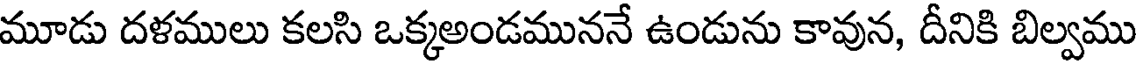
మూడు దళములు కలసి ఒక్కఅండముననే ఉండును కావున, దీనికి బిల్వము